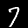
Label: 7